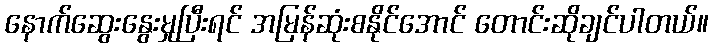
နောက်ဆွေးနွေးမှုပြီးရင် အမြန်ဆုံးစနိုင်အောင် တောင်းဆိုချင်ပါတယ်။